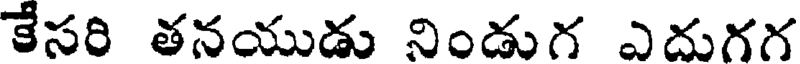
కేసరి తనయుడు నిండుగ ఎదుగగ